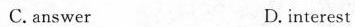
C.answer D.interest